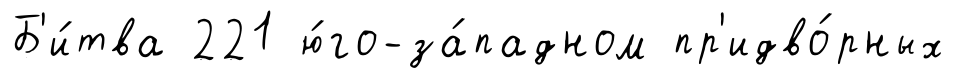
Б'и́тва 221 ю́го-за́падном пр'идво́рных